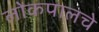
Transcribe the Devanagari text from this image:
लोकपालचे